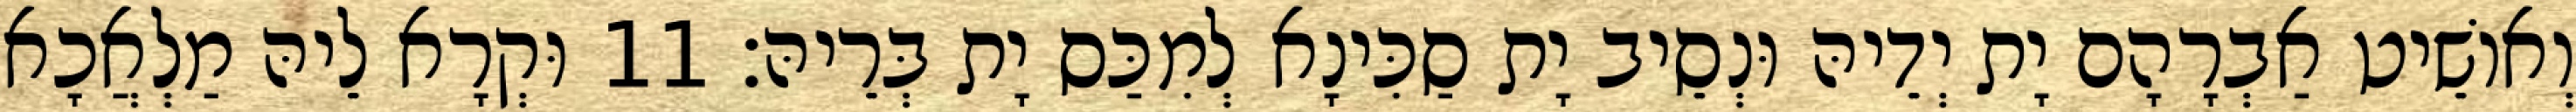
וְאוֹשֵׁיט אַבְרָהָם יָת יְדֵיהּ וּנְסֵיב יָת סַכִּינָא לְמִכַּס יָת בְּרֵיהּ׃ 11 וּקְרָא לֵיהּ מַלְאֲכָא